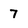
Character: 7